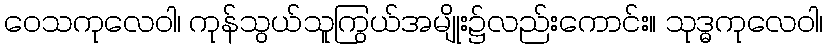
ဝေသကုလေဝါ၊ ကုန်သွယ်သူကြွယ်အမျိုး၌လည်းကောင်း။ သုဒ္ဓကုလေဝါ၊